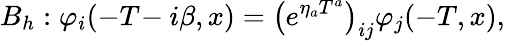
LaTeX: B_{h}:\varphi_{i}(-T\! -i\beta,x)=\left(e^{\eta_{a}T^{a}}\right)_{ij}\varphi_{j}(-T,x),